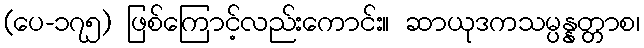
(ပေ-၁၇၅) ဖြစ်ကြောင့်လည်းကောင်း။ ဆာယုဒကသမ္ပန္နတ္တာစ၊